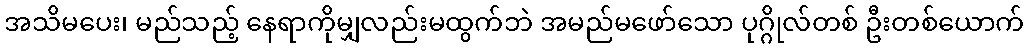
အသိမပေး၊ မည်သည့် နေရာကိုမျှလည်းမထွက်ဘဲ အမည်မဖော်သော ပုဂ္ဂိုလ်တစ် ဦးတစ်ယောက်